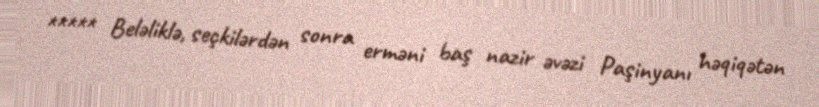
***** Beləliklə, seçkilərdən sonra erməni baş nazir əvəzi Paşinyanı həqiqətən